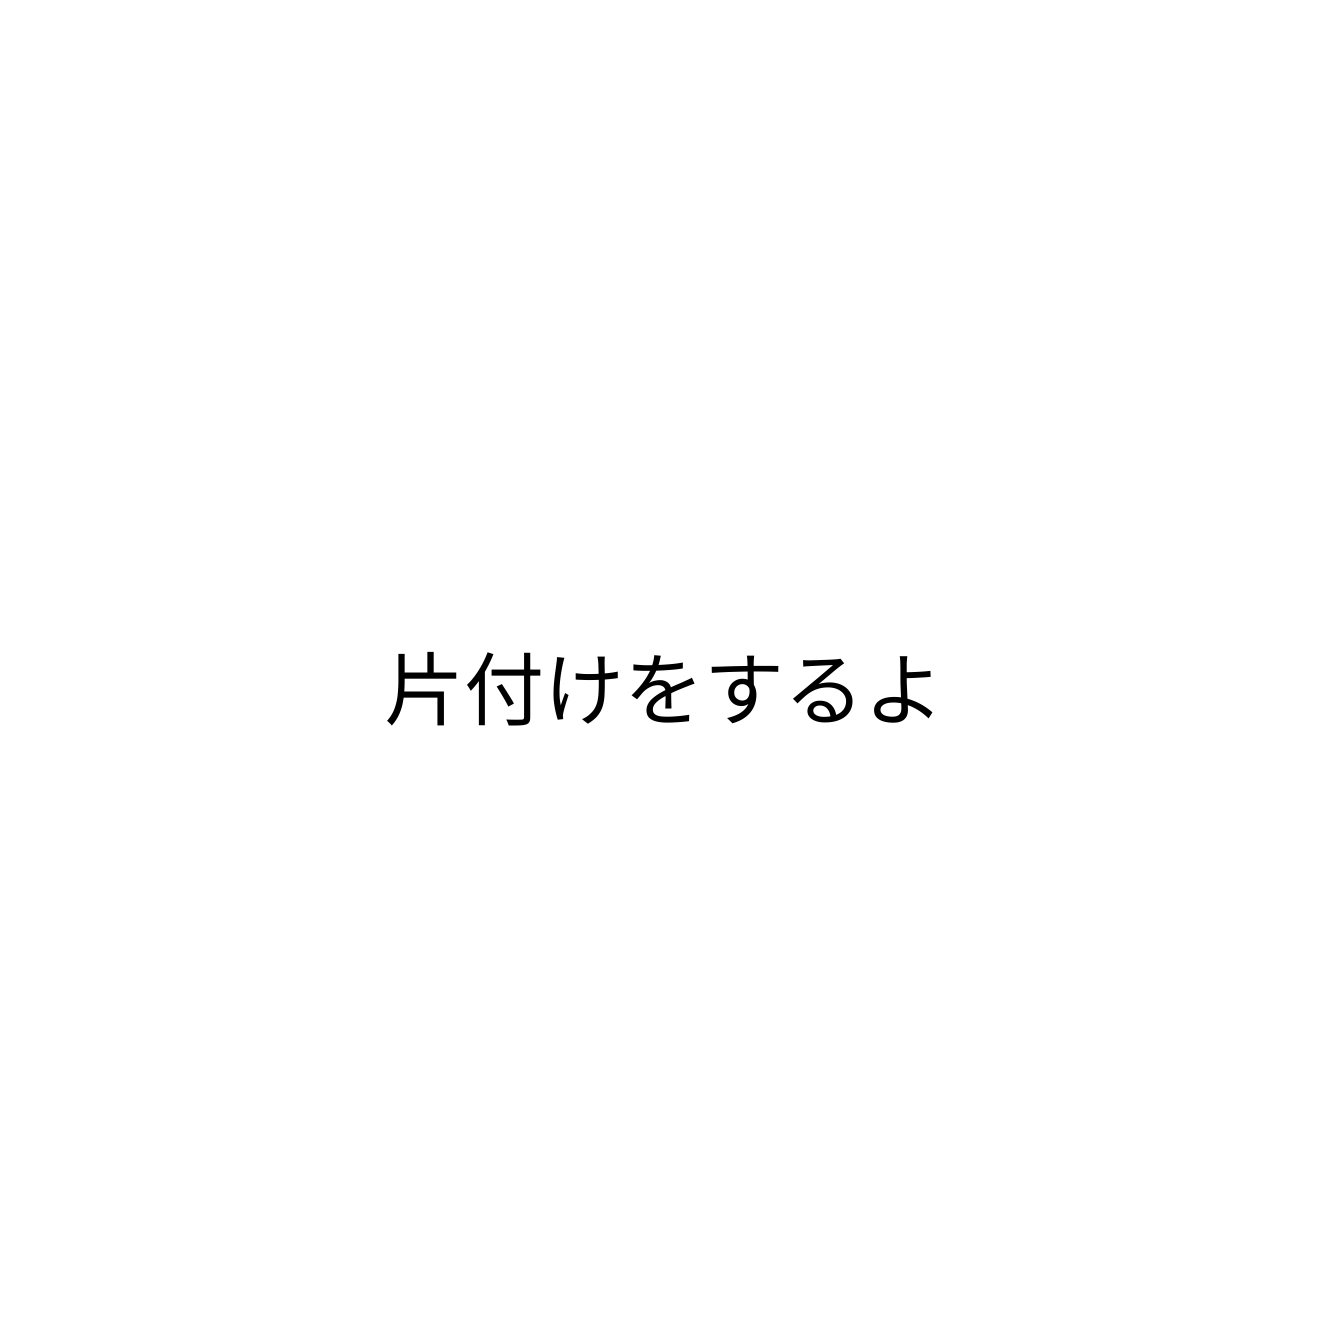
片付けをするよ